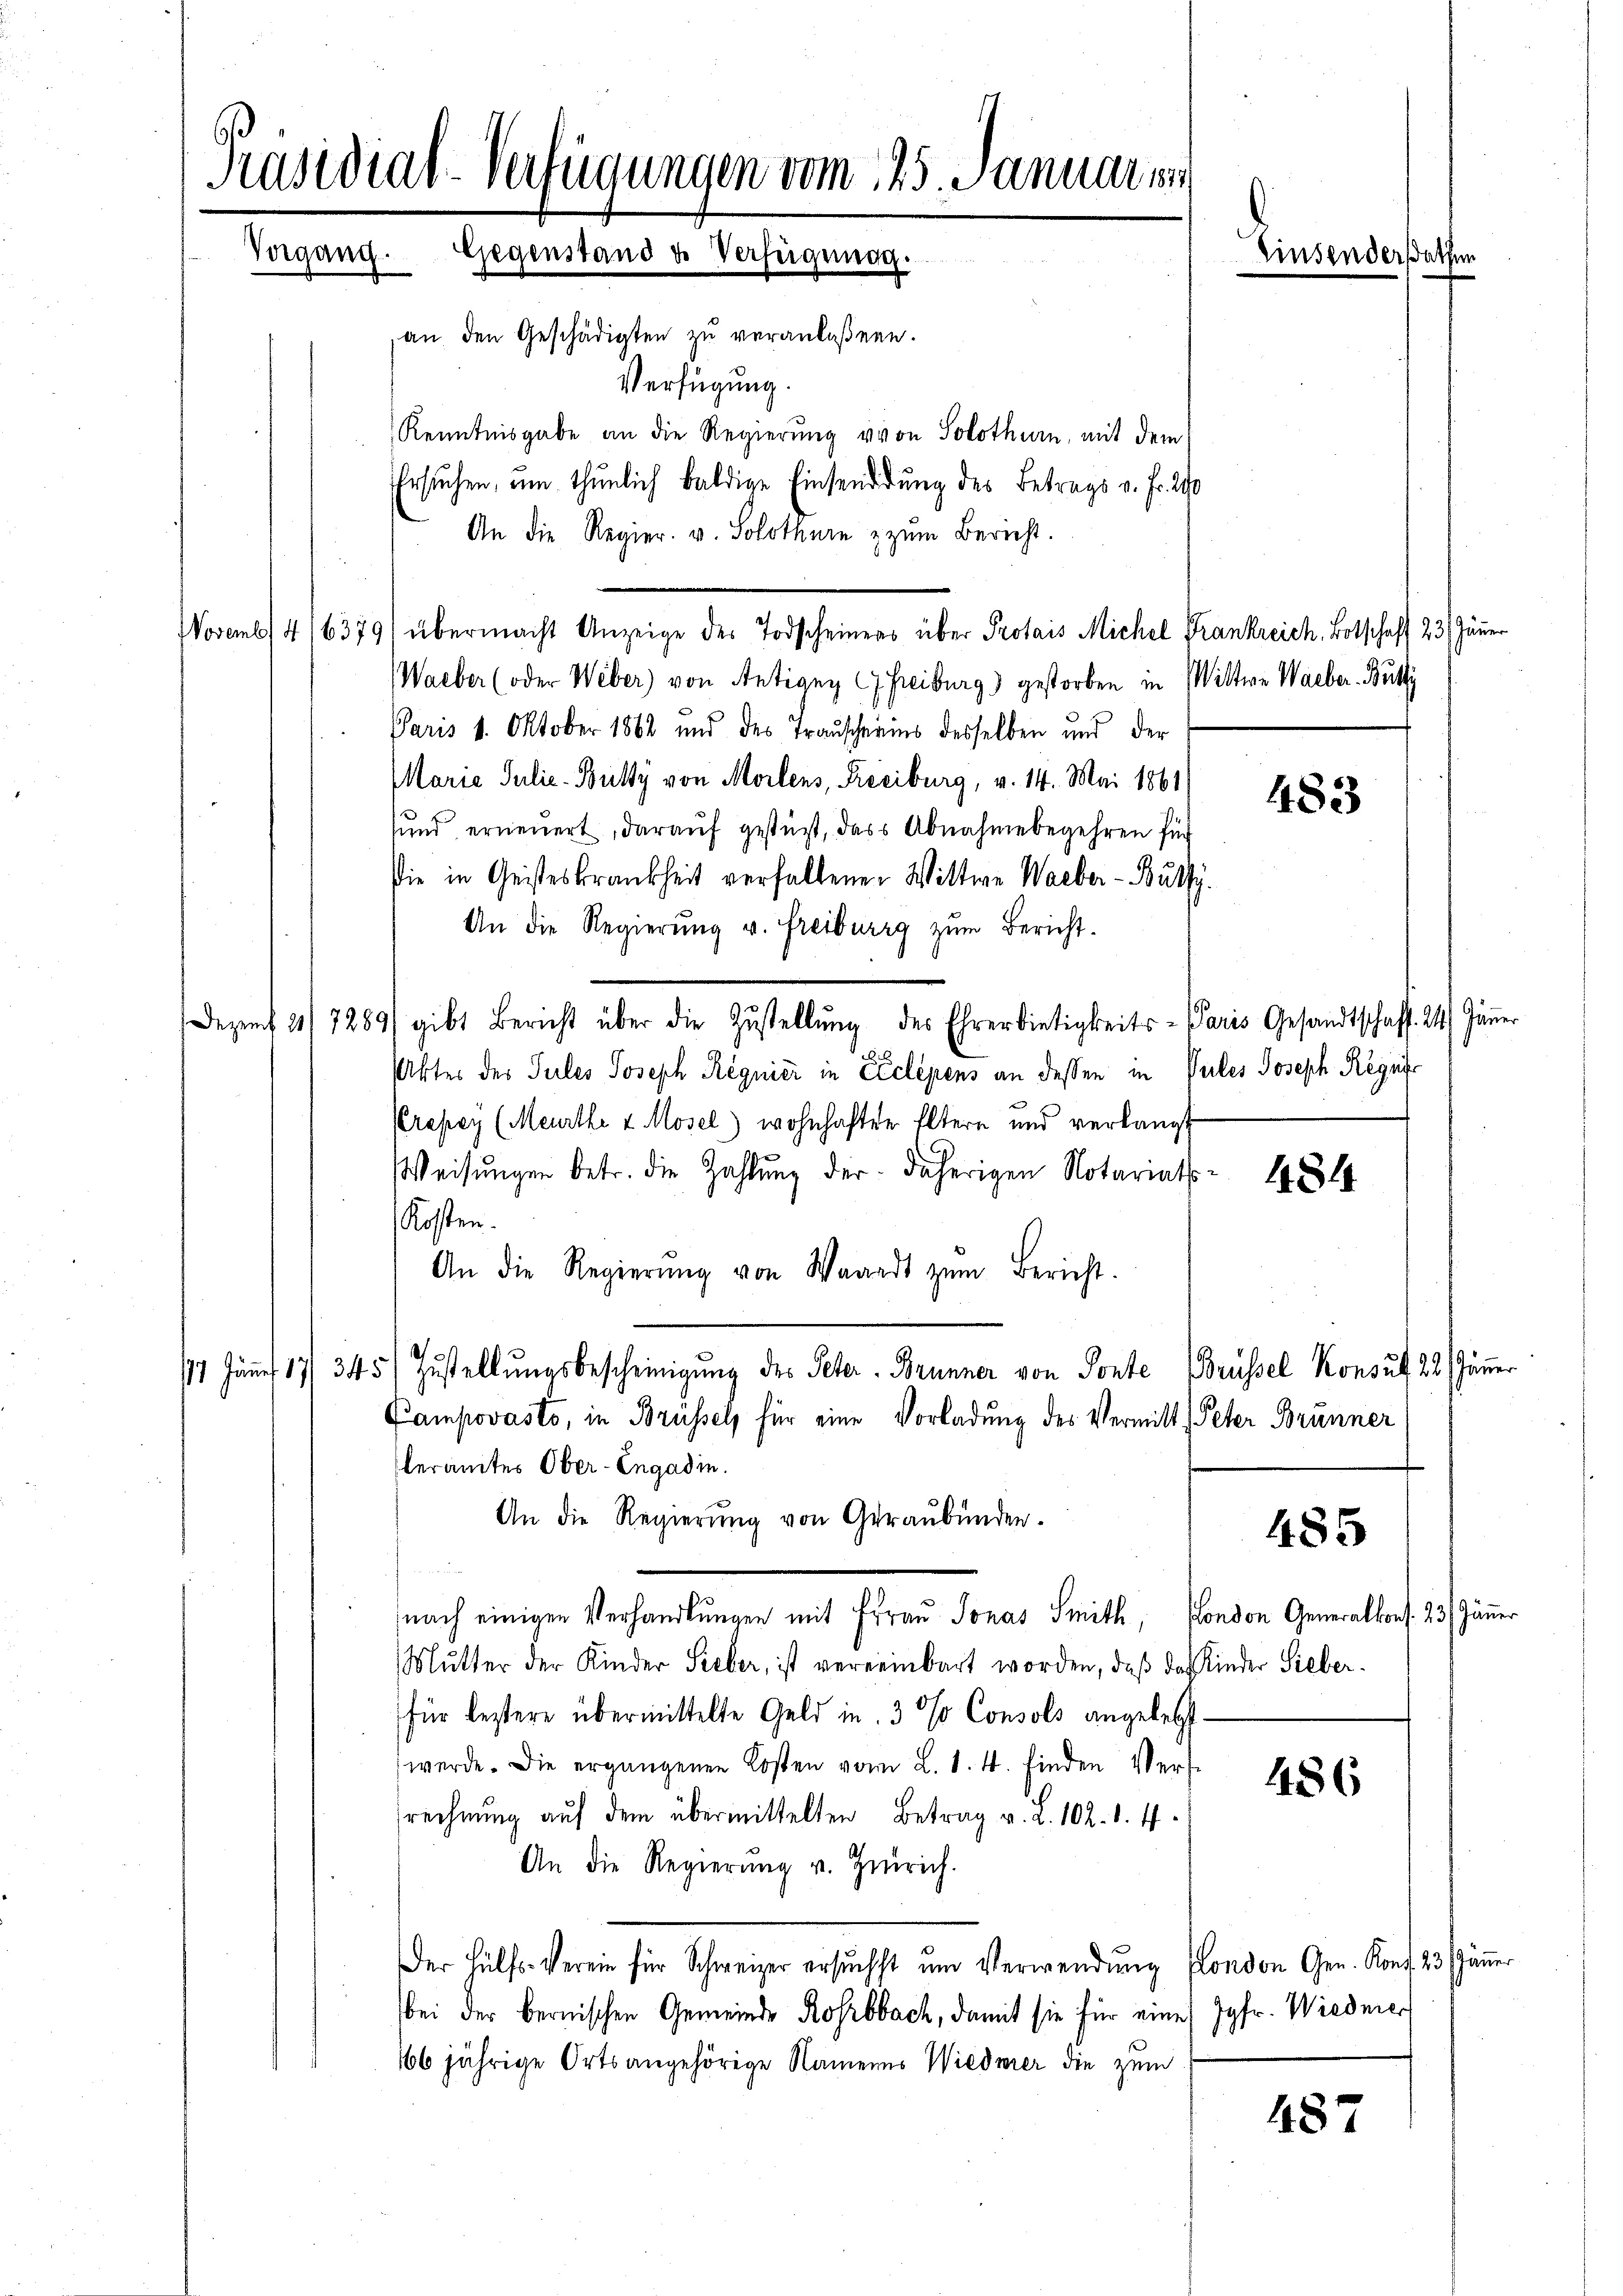
an den Geschädigten zŭ veranlaßene.
Kenntnisgabe an die Regierung von Solothurn, mit dem
Ersuchen, um thunlich baldige Einsendung des Betrags v. Fr. 290
An die Regier- u. Solothurn z zŭm Bericht.
Waeber (oder Weber) von Antrang 7 Freiburg) gestorben in Wittwe Waeber. Butti
Paris 1. Oktober 1862 und des Trauscherins desselben und der
Maria Julie-Bulty von Morlens, Preciburg, v. 14. Mai 1861
sund erneuert, darauf gestüzt, dass Abnahmebegehren für
Die in Geisteskrankheit verfallenen Wittwe Waeber-Butzy.
An die Regierung u. Freiburg zum Bericht.
Dezŭf 21/7289) gibt Bericht über die Zŭstellŭng des Ehrerbietigkeits- Paris Gesandtschaff. 24. Jäṅer
Ukter der Pules Joseph Regnier in Exclépens an dessen in Vales Joseph Regniss
Prepey (Meurthe & Mosel) wohnhafter Eltern und verlangt
Weisŭngen betr. die Zahlŭng der daherigen Notariats- 143
Kosten.
An die Regierŭng von Waadt zŭm Bericht.
17. Jänner 17/ 345) Zustellŭngsbescheinigung des Peter Brunner von Sonte Brüssel Konsul 28 Jänner
Campovasto, in Brüssel für eine Vorladung des Vermitt Peter Brünner
teramtes Ober-Engadin.
An die Regierung von Geraubünder.
nach einigen Verhandlungen mit Frau Jonas Smith, London Generalkons. 23. Jänn
Mŭtter der Kinder Sieber, ist vereinbart worden, daβ das Kinder Sieberfür leztere übermittelte Geld in 3 % Consols angelegt.
werde. Die ergangenen Kosten vom L. 1. 4. finden Vers
srechnung auf dem übermittelten Betrag v. L. 102. 1. 4
An die Regierŭng v. Zürich.
Der Hülfs-Verein für Schweizer ersŭcht ŭm Verwendŭng London Gen. Kont. 23 Jän
bei der bernischen Gemeinde Rohrbbach, damit sie für eines Jgfr. Wiedmer
166 jährige Orts angehörige Namenes Wiederer die zum

Präsidial-Verfügungen vom 125. Januar
Vergang. Gegenstand & Verfügunge

Verfügung.

Novemb/4/6379) übermacht Anzeige des Todscheiners über Protais Michel Frankreich. Botschaft 23. Jänn

Einsender

483

485

486

487